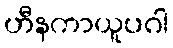
ဟီနကာယူပဂါ